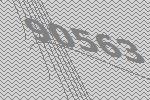
90563